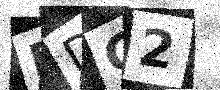
Text: RDG2